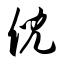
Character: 倪